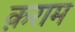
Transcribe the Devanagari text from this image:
क़राम